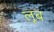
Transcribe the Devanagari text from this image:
लूब